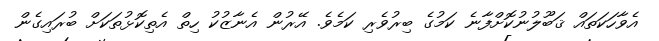
އެވާހަކަތައް ޤަބޫލުނުކޮށްފާނެ ކަމުގެ ބިރުވެރި ކަމެވެ. އޭރުން އެނާޒުކު ހިތް އެތިކޮޅުތަކަށް ބުރައިގެން